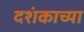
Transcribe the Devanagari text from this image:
दशंकाच्या